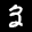
Label: 3